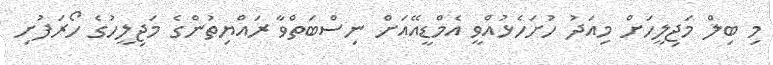
މި ބިލް މަޖިލީހަށް މިއަދު ހުށަހެޅުއްވީ އެމްޑީއޭއަށް ނިސްބަތްވާ ރައްޔިތުންގެ މަޖިލީހުގެ ހޯރަފުށި